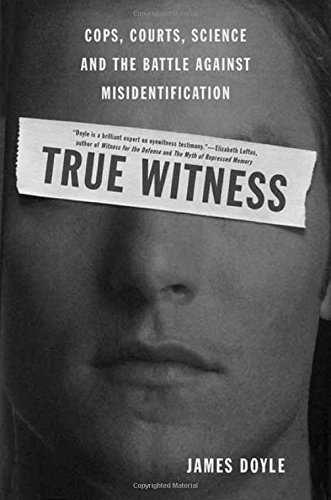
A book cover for True Witness: Cops, Courts, Science, and the Battle against Misidentification; James M. Doyle; Law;